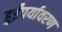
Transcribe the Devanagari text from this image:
हुईंपर्यावरण